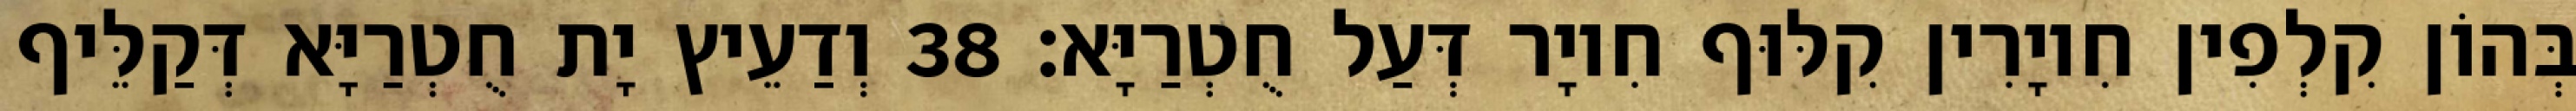
בְּהוֹן קִלְפִין חִיוָרִין קִלּוּף חִיוָר דְּעַל חֻטְרַיָּא׃ 38 וְדַעֵיץ יָת חֻטְרַיָּא דְּקַלֵּיף